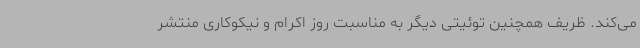
می‌کند. ظریف همچنین توئیتی دیگر به مناسبت روز اکرام و نیکوکاری منتشر